Burma Government Medical School reports 1923-41
Year: 1923
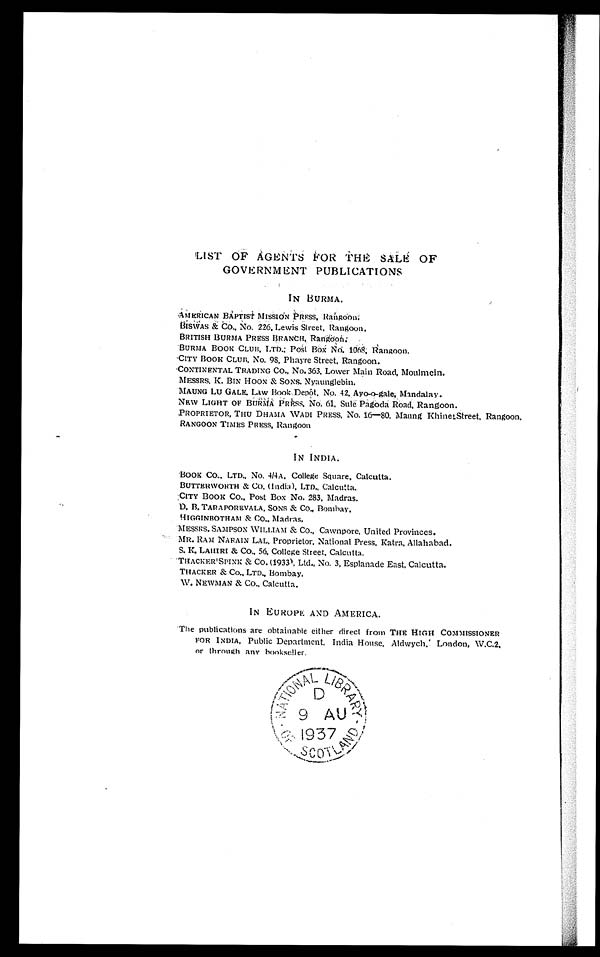
LIST OF AGENTS FOR THE SALE OF
GOVERNMENT PUBLICATIONS
IN BURMA.
AMERICAN BAPTIST MISSION PRESS, Rangoon;
BISWAS & CO. , No. 226, Lewi s St reet , Rangoon,
BRITISH BURMA PRESS BRANCH, Rangoon;
BURMA BOOK CLUB, LTD.; Post Box No. 1068; Rangoon.
CITY BOOK CLUB. No. 98, Phayre Street, Rangoon.
CONTINENTAL TRADING CO., No. 363, Lower Main Road, Moulmein.
MESSRS. K. BIN HOON & SONS. Nyaunglebin.
MAUNG LU GALE, Law Book Depôt, No. 42, Ayo-o-gale, Mandalay.
New LIGHT OF BURMA PRESS, No. 61, Sule Pagoda Road, Rangoon,
PROPRIETOR, THU DHAMA WADI PRESS. No. 16—80, Maung Khinel Street, Rangoon.
RANGOON TIMES PRESS, Rangoon
IN INDIA.
BOOK CO., LTD., No. 4/4A, College Square, Calcutta.
BUTTERWORTH CO. (India), LTD., Calcutta.
CITY BOOK CO., Post Box No. 283, Madras.
D. B. TARAPOREVALA, SONS & CO., Bombay,
HIGGINBOTHAM & CO., Madras,
MESSRS. SAMPSON WILLIAM & CO., Cawnpore, United Provinces.
MR. RAM NARAIN LAL, Proprietor, National Press, Katra, Allahabad.
S. K. LAHIRI & CO., 56. College Street. Calcutta.
THACKER'SPINK &
CO.(1933) Ltd., No. 3, Esplanade East, Calcutta.
THACKER & CO., LTD., Bombay,
W. NEWMAN &
CO., Calcutta.
IN EUROPE. AND AMERICA.
The publications are obtainable either direct from THE HIGH COMMISSIONER
FOR INDIA, Public Department, India House, Aldwych, London, W.C.2.
or through any bookseller.